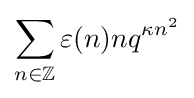
\sum _{n\in \mathbb {Z} }\varepsilon (n)nq^{\kappa n^{2}}